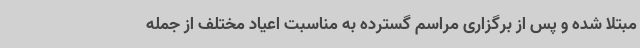
مبتلا شده و پس از برگزاری مراسم گسترده به مناسبت اعیاد مختلف از جمله